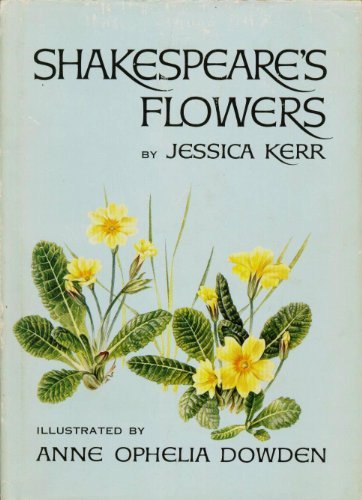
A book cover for Shakespeare's Flowers; Jessica Kerr; Literature & Fiction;